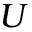
U